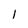
Character: 1